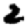
Digit: 2